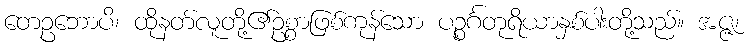
တေဥဘောပိ၊ ထိုနတ်လူတို့၏ဥစ္စာဖြစ်ကုန်သော ပဉ္စင်္ဂတုရိယာနှစ်ပါးတို့သည်။ အဇ္ဇ၊